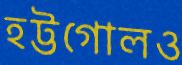
হট্টগোলও